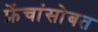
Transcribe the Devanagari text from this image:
फ्रेंचांसोबत